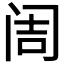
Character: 𮸥